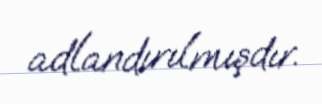
adlandırılmışdır.